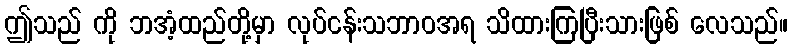
ဤသည် ကို ဘအံ့ထည်တို့မှာ လုပ်ငန်းသဘာဝအရ သိထားကြပြီးသားဖြစ် လေသည်။